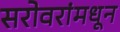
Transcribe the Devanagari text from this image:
सरोवरांमधून